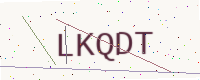
Text: LKQDT